Voru_kinnistusamet, lk 9
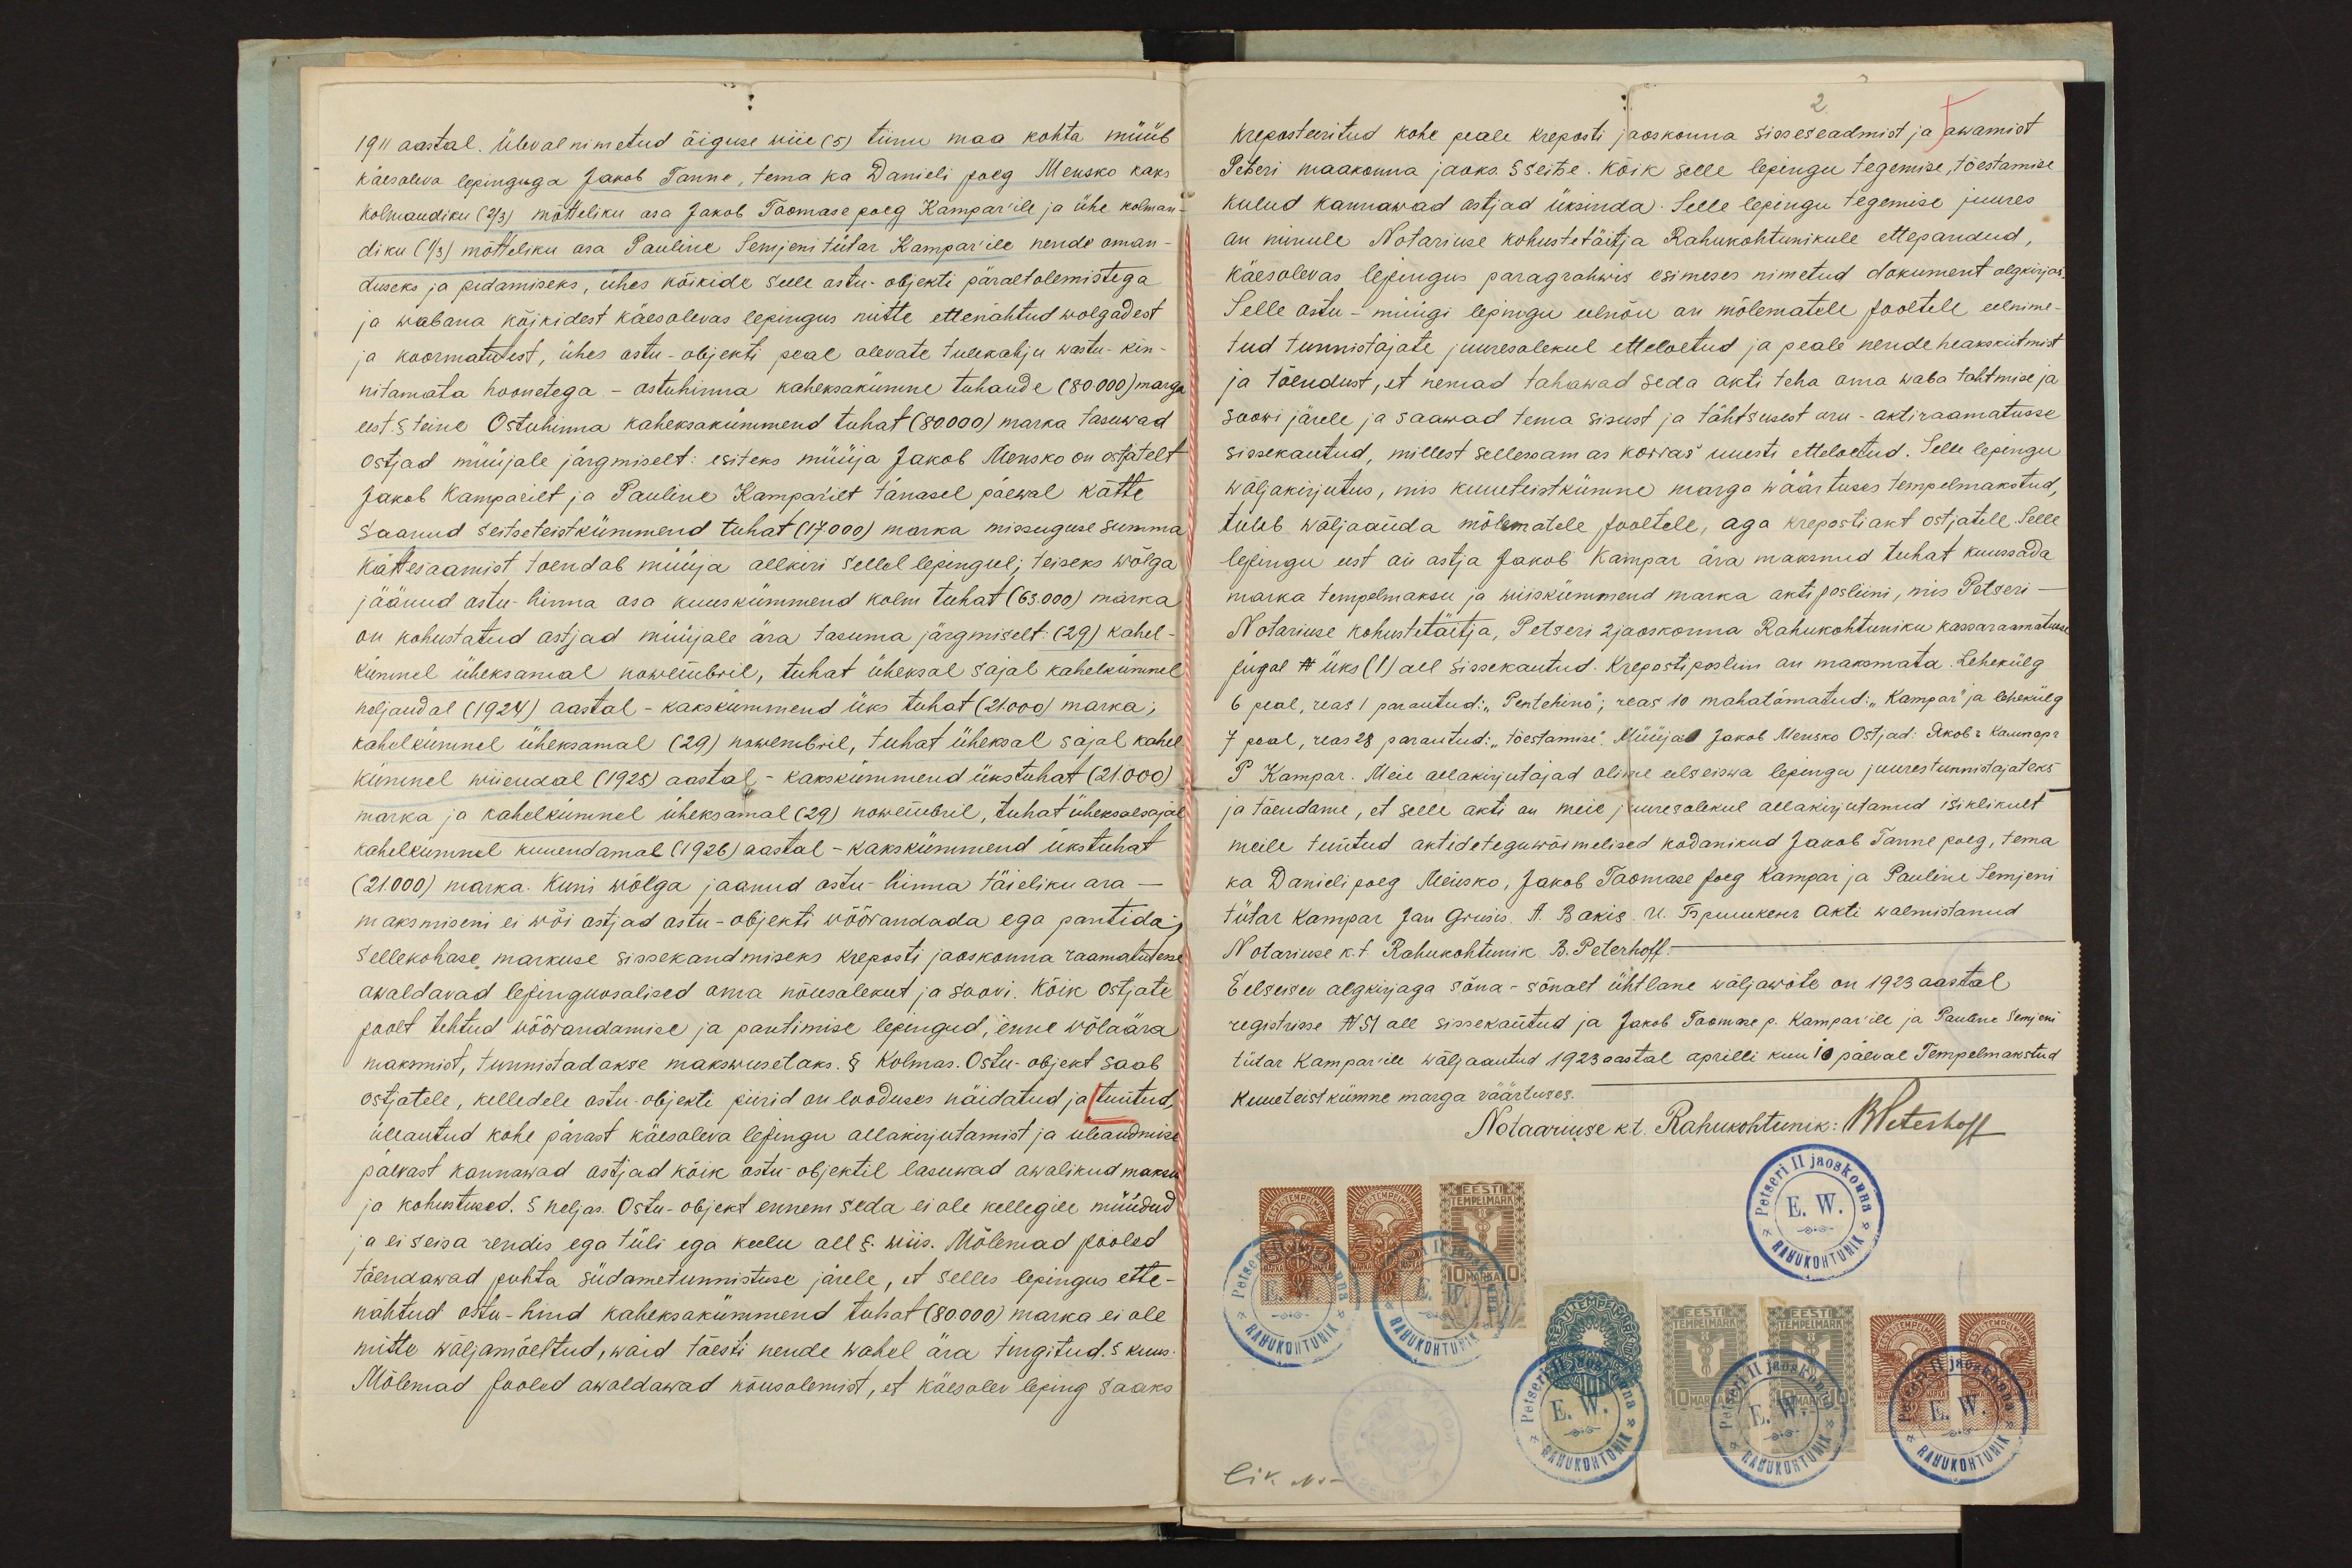
1911 aastal. Ülevalnimetud õiguse wiie (5) tiinu maa kohta müüb
käesoleva lepinguga Jakob Tanne, tema ka Danieli poeg Mensko kaks
Kolmandiku (2/3) mõtteliku osa Jakob Toomase poeg Kampar'ile ja ühe kolman-
diku (1/3) mõtteliku osa Pauline Semjeni tütar Kampar'ile nende oman-
duseks ja pidamiseks, ühes kõikide selle ostu-objekti päraltolemistega
ja wabana kõikidest käesolevas lepingus mitte ettenähtud wolgadest
ja koormatutest, ühes ostu-objekti peal olevate tulekahju wastu-kin-
nitamata hoonetega. - ostuhinna kaheksakümne tuhande (80.000) marga
eest. § teine Ostuhinna kaheksakümmend tuhat (80.000) marka tasuwad
ostjad müüjale järgmiselt: esiteks müüja Jakob Mensko on ostjatelt
Jakob Kamparilt ja Pauline Kamparilt tänasel päewal kätte
Saanud seitseteistkümmend tuhat (17.000) marka missuguse summa
kättesaamist toendab müüja allkiri sellel lepingul; teiseks wõlga
jäänud ostu-hinna osa kuuskümmend kolm tuhat (63.000) marka
on kohustatud ostjad müüjale ära tasuma järgmiselt: (29) kahel-
kümmel üheksamal nowembril, tuhat üheksal sajal kahelkümnel
neljandal (1924) aastal - kakskümmend üks tuhat (21.000) marka;
kahelkümnel üheksamal (29) nowembril, tuhat üheksal sajal kahel-
kümnel wiiendal (1925) aastal - kakskümmend üks tuhat (21.000)
marka ja kahelkümnel üheksamal (29) nowembril, tuhat üheksalsajal
kahelkümnel kuuendamal (1926) aastal - kakskümmend üks tuhat
(21.000) marka. Kuni wõlga jaanud ostu-hinna täieliku ara-
maksmiseni ei wõi ostjad ostu-objekti wõõrandada ega pantida,
Sellekohase markuse sissekandmiseks kreposti jaoskonna raamatutesse
awaldavad lepinguosalised oma nõusolekut ja soovi. Kõik ostjate
poolt tehtud wõõrandamise ja pantimise lepingud, enne wõlaära
maksmist, tunnistadakse makswusetaks. § Kolmas. Ostu-objekt saab
ostjatele, kelledele ostu-objekti piirid on looduses näidatud ja tuntud,
üleantud kohe pärast käesoleva lepingu allakirjutamist ja üleandmise
päevast kannawad ostjad kõik ostu-objektil lasuwad awalikud maksu
ja kohustused. § neljas. Ostu-objekt ennem seda ei ole kellegile müüdud
ja ei seisa rendis ega tüli ega keelu all § wiis. Mõlemad pooled
tõendawad puhta südametunnistuse järele, et selles lepingus ette-
nähtud ostu-hind kaheksakümmend tuhat (80.000) marka ei ole
mitte wäljamõeltud, waid tõesti nende wahel ära tingitud. § kuus.
Mõlemad pooled awaldawad nõusolemist, et käesolev leping saaks

kreposteeritud kohe peale kreposti jaoskonna sisseseadmist ja awamist
Petseri maakonna jaoks. § seitse. Kõik selle lepingu tegemise, tõestamise
kulud kannawad ostjad üksinda. Selle lepingu tegemise juures
on minule Notariuse kohustetäitja Rahukohtunikule ettepandud,
käesolevas lepingus paragrahwis esimeses nimetud dokument algkirjas
Selle ostu - müügi lepingu eelnõu on mõlematele pooltele eelnime-
tud tunnistajate juuresolekul etteloetud ja peale nende heakskiitmist
ja tõendust, et nemad tahawad seda akti teha oma waba tahtmise ja
soowi järele ja saawad tema sisust ja tähtsusest aru - aktiraamatusse
sissekantud, millest sellessam as korras uuesti etteloetud. Selle lepingu
wäljakirjutus, mis kuueteistkümne marga wäärtuses tempelmakstud,
tuleb wäljaanda mõlematele pooltele, aga krepostiakt ostjatele. Selle
lepingu eest on ostja Jakob Kampar ära maksnud tuhat kuussada
marka tempelmaksu ja wiiskümmend marka akti posliini, mis Petseri-
Notariuse kohustetäitja, Petseri 2 jaoskonna Rahukohtuniku kassaraamatusse
jugal N üks (1) all sissekantud. Kreposti posliin on maksmata. Lehekülg
6 peal, reas 1 parantud: "Pentehino"; reas 10 mahatõmatud: „Kampar" ja lehekülg
7 peal, reas 28 parantud: "tõestamise". Müüja: Jakob Mensko Ostjad: Jakob Kampar
P. Kampar. Meie allakirjutajad olime eelseiswa lepingu juures tunnistajateks
ja tõendame, et selle akti on meie juuresolekul allakirjutanud isiklikult
meile tuntud aktide teguwõimelised kodanikud Jakob Tanne poeg, tema
ka Danieli poeg Mensko, Jakob Toomase poeg Kampar ja Pauline Semjeni
tütar Kampar Jan Grusis. A. Bakis. U. Truukeks Akti walmistanud
Notariuse k. t. Rahukohtunik. B. Peterhoff.
Eelseisev algkirjaga sõna - sõnalt ühtlane wäljawõte on 1923 aastal
registrisse N 51 all sissekantud ja Jakob Toomase p. Kampar'ile ja Pauline Semjeni
tütar Kampar'ile wäljaantud 1923 aastal aprilli kuu 10 päeval Tempelmakstud
Kuueteistkümne marga väärtuses.
Notaariuse k.t. Rahukohtunik: BPeterhoff

lik No.